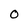
Character: 0